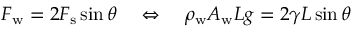
F _ { \mathrm { w } } = 2 F _ { \mathrm { s } } \sin \theta \quad \Leftrightarrow \quad \rho _ { \mathrm { w } } A _ { \mathrm { w } } L g = 2 \gamma L \sin \theta